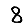
Digit: 8